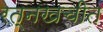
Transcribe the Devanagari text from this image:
रत्नखचीत